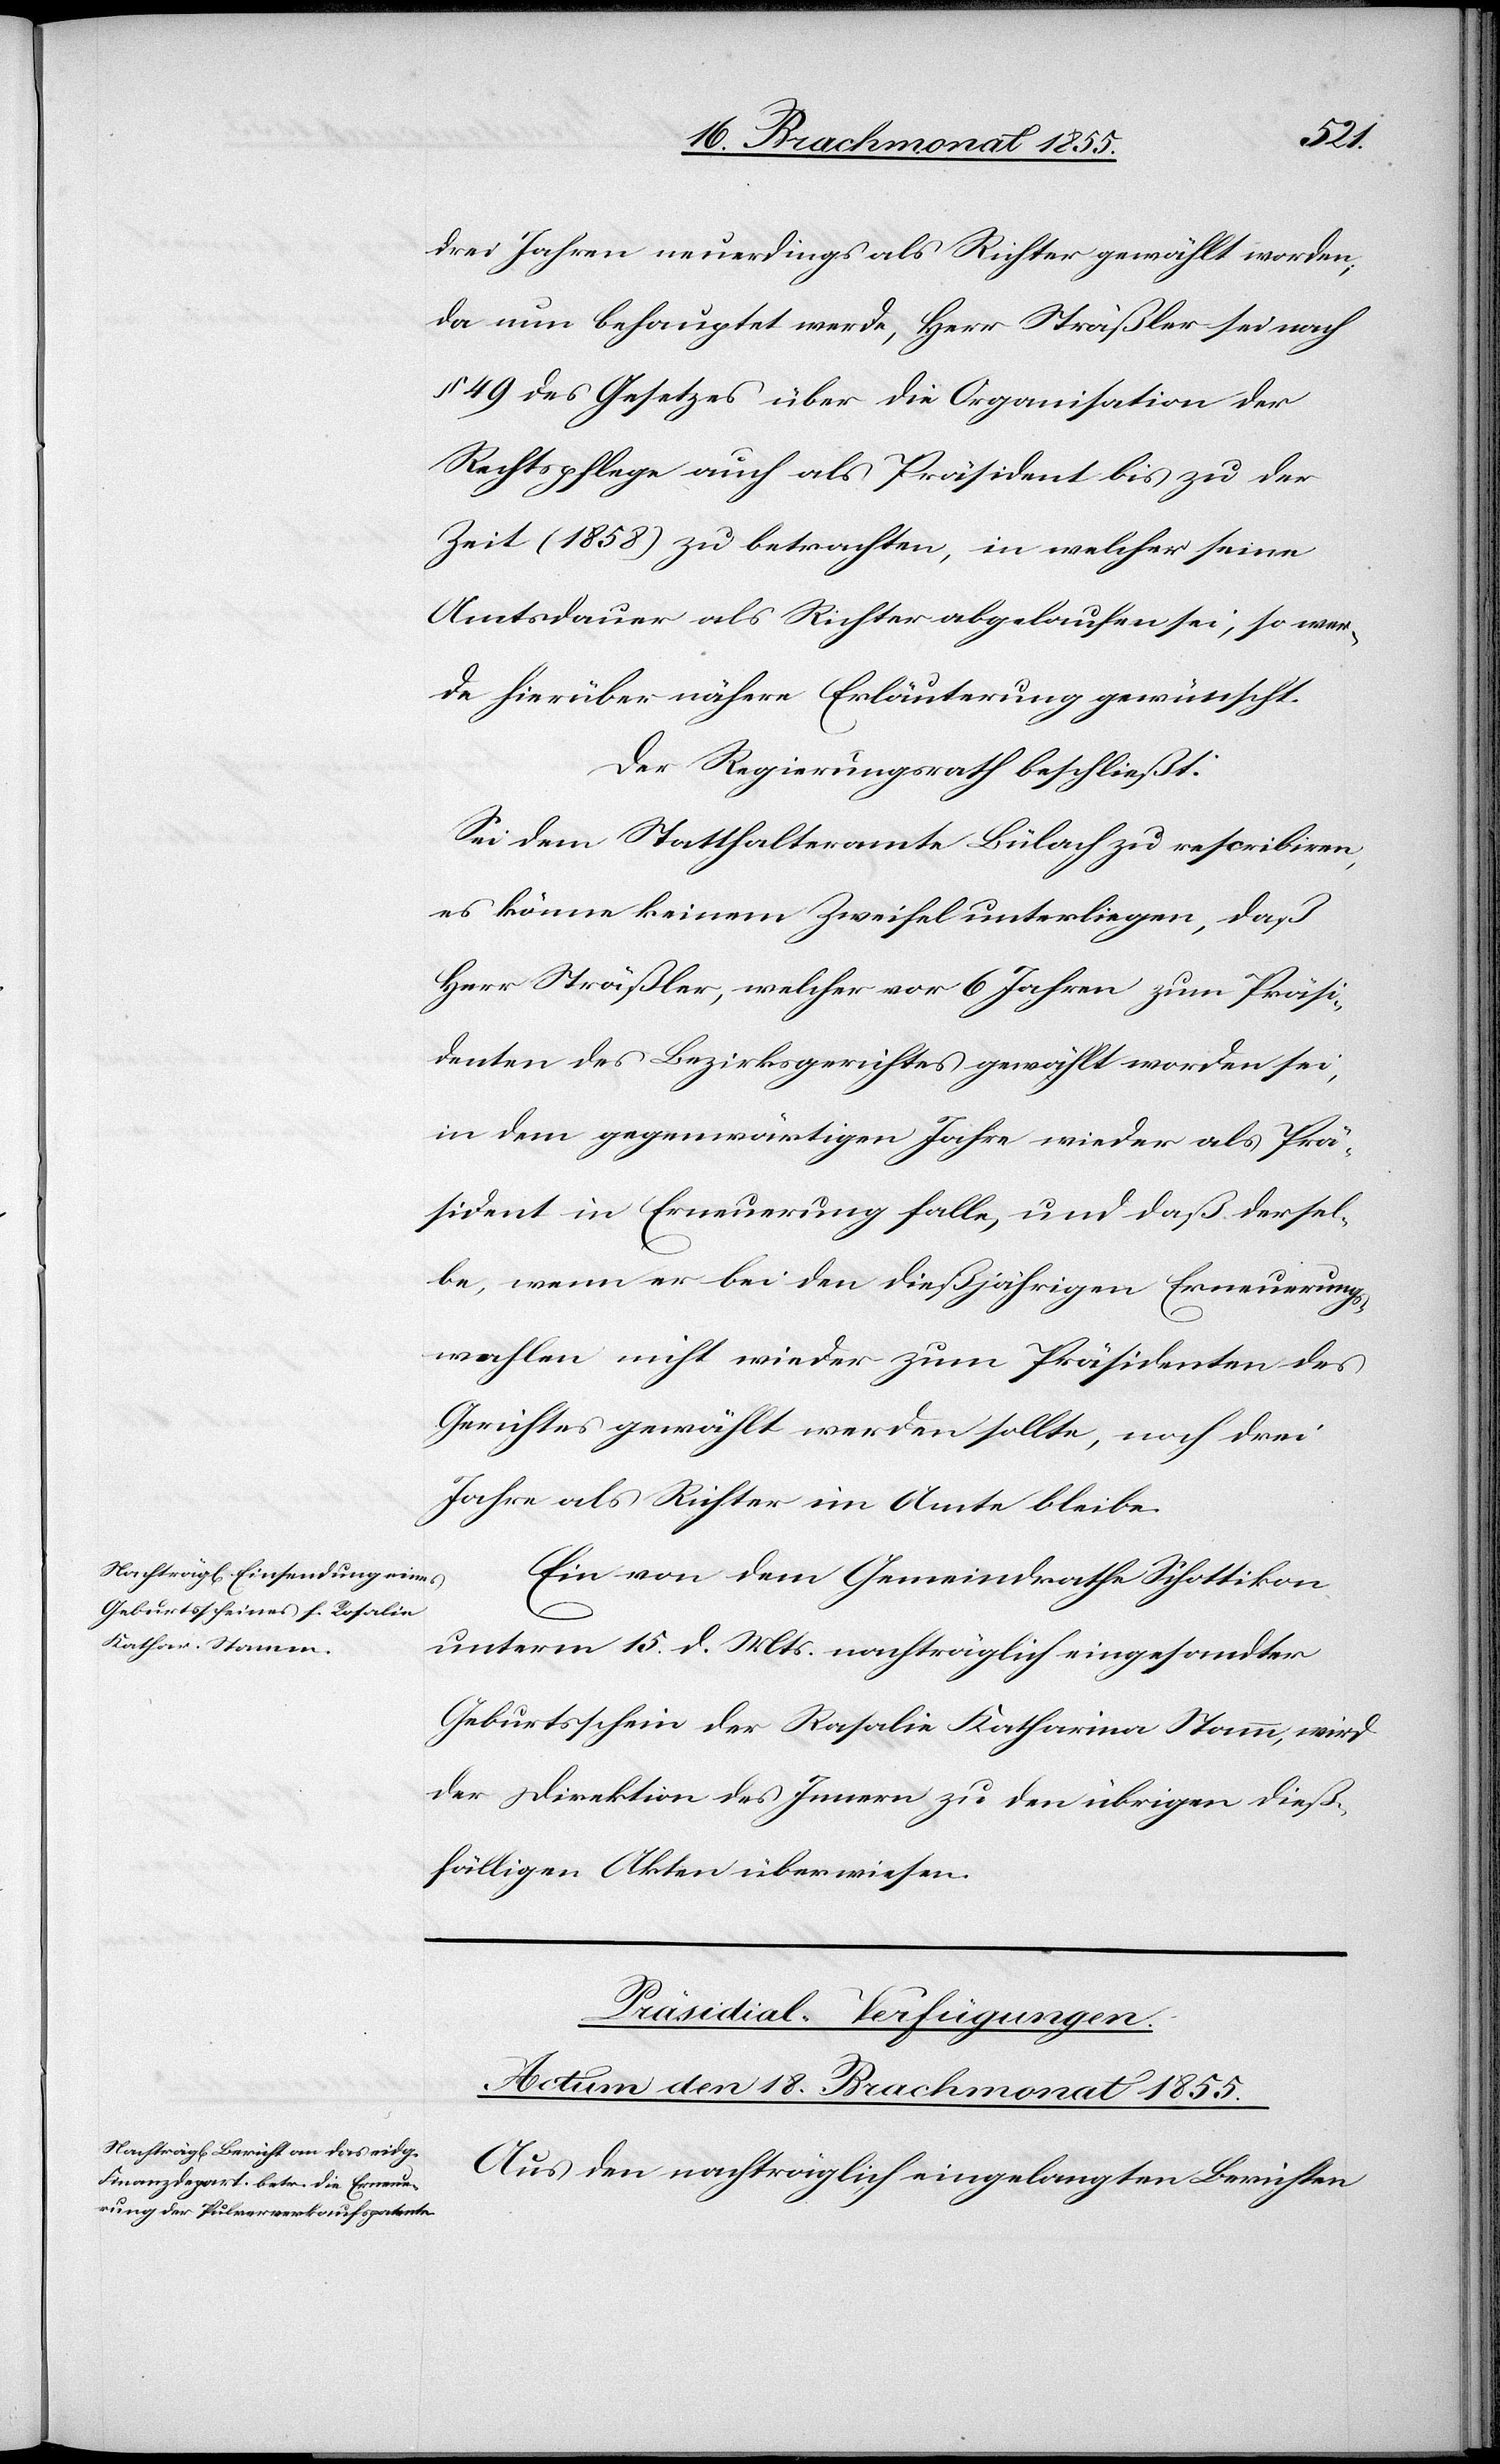
drei Jahren neuerdings als Richter gewählt worden;
da nun behauptet werde, Herr Sträßler sei nach
§ 49 des Gesetzes über die Organisation der
Rechtspflege auch als Präsident bis zu der
Zeit (1858) zu betrachten, in welcher seine
Amtsdauer als Richter abgelaufen sei, so wer¬
de hierüber nähere Erläuterung gewünscht.
Der Regierungsrath beschließt:
Sei dem Statthalteramte Bülach zu rescribiren,
es könne keinem Zweifel unterliegen, daß
Herr Sträßler, welcher vor 6 Jahren zum Präsi¬
denten des Bezirksgerichtes gewählt worden sei,
in dem gegenwärtigen Jahre wieder als Prä¬
sident in Erneuerung falle, und daß dersel¬
be, wenn er bei den dießjährigen Erneuerungs¬
wahlen nicht wieder zum Präsidenten des
Gerichtes gewählt werden sollte, noch drei
Jahre als Richter im Amte bleibe.
Ein von dem Gemeindrathe Schottikon
unterm 15. d. Mts. nachträglich eingesandter
Geburtsschein der Rosalie Katharina Stamm, wird
der Direktion des Innern zu den übrigen dieß¬
fälligen Akten überwiesen.
Präsidial-Verfügungen.
Actum den 18. Brachmonat 1855.
Aus den nachträglich eingelangten Berichten